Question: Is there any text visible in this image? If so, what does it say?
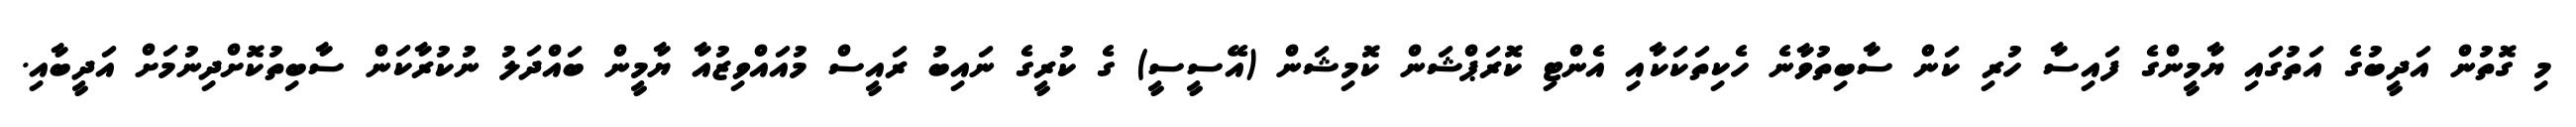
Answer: މި ގޮތުން އަދީބުގެ އަތުގައި ޔާމީންގެ ފައިސާ ހުރި ކަން ސާބިތުވާނެ ހެކިތަކަކާއި އެންޓި ކޮރަޕްޝަން ކޮމިޝަން (އޭސީސީ) ގެ ކުރީގެ ނައިބު ރައީސް މުއައްވިޒުއާ ޔާމީން ބައްދަލު ނުކުރާކަން ސާބިތުކޮށްދިނުމަށް އަދީބާއި.